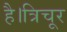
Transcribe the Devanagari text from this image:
है।त्रिचूर